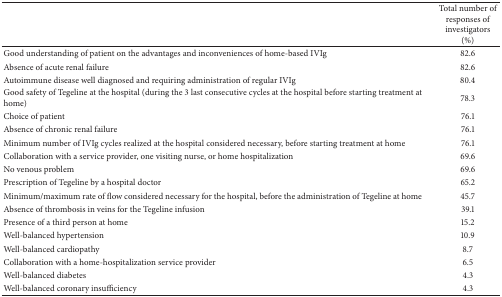
|  | Total number of responses of investigators (%) |
 | --- | --- |
 | Good understanding of patient on the advantages and inconveniences of home-based IVIg | 82.6 |
 | Absence of acute renal failure | 82.6 |
 | Autoimmune disease well diagnosed and requiring administration of regular IVIg | 80.4 |
 | Good safety of Tegeline at the hospital (during the 3 last consecutive cycles at the hospital before starting treatment at home) | 78.3 |
 | Choice of patient | 76.1 |
 | Absence of chronic renal failure | 76.1 |
 | Minimum number of IVIg cycles realized at the hospital considered necessary, before starting treatment at home | 76.1 |
 | Collaboration with a service provider, one visiting nurse, or home hospitalization | 69.6 |
 | No venous problem | 69.6 |
 | Prescription of Tegeline by a hospital doctor | 65.2 |
 | Minimum/maximum rate of flow considered necessary for the hospital, before the administration of Tegeline at home | 45.7 |
 | Absence of thrombosis in veins for the Tegeline infusion | 39.1 |
 | Presence of a third person at home | 15.2 |
 | Well-balanced hypertension | 10.9 |
 | Well-balanced cardiopathy | 8.7 |
 | Collaboration with a home-hospitalization service provider | 6.5 |
 | Well-balanced diabetes | 4.3 |
 | Well-balanced coronary insufficiency | 4.3 |